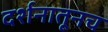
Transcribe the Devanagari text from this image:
दर्शनातूनच